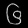
Digit: ၆